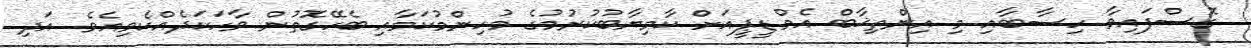
ގޮސްފައިވާ ހިސާބާއި މި އިންތިޚާބް އެމް.ޑީޕީއަށް ކާމިޔާބުކުރުމުގެ މުހިންމުކަމާއި ބެހޭގޮތުން ވާހަކަދެއްކެވިއެވެ. އަދި